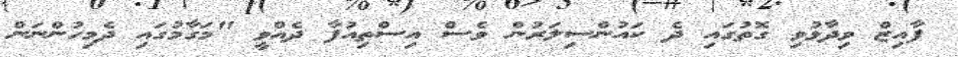
ފާއިޒް ވިދާޅުވި ގޮތުގައި ދެ ކައުންސިލަރުން ވެސް އިސްތިއުފާ ދެއްވީ "މަގާމުގައި ދެމިހުންނަން